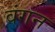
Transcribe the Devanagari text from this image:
वंगन